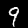
Digit: 9